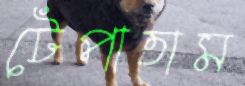
টেপাতাম